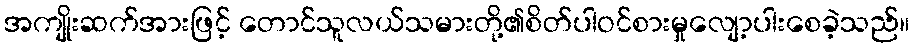
အကျိုးဆက်အားဖြင့် တောင်သူလယ်သမားတို့၏စိတ်ပါဝင်စားမှုလျော့ပါးစေခဲ့သည်။